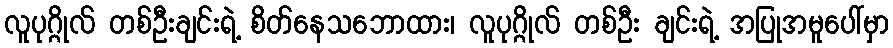
လူပုဂ္ဂိုလ် တစ်ဦးချင်းရဲ့ စိတ်နေသဘောထား၊ လူပုဂ္ဂိုလ် တစ်ဦး ချင်းရဲ့ အပြုအမူပေါ်မှာ